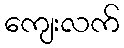
ကျေးလက်